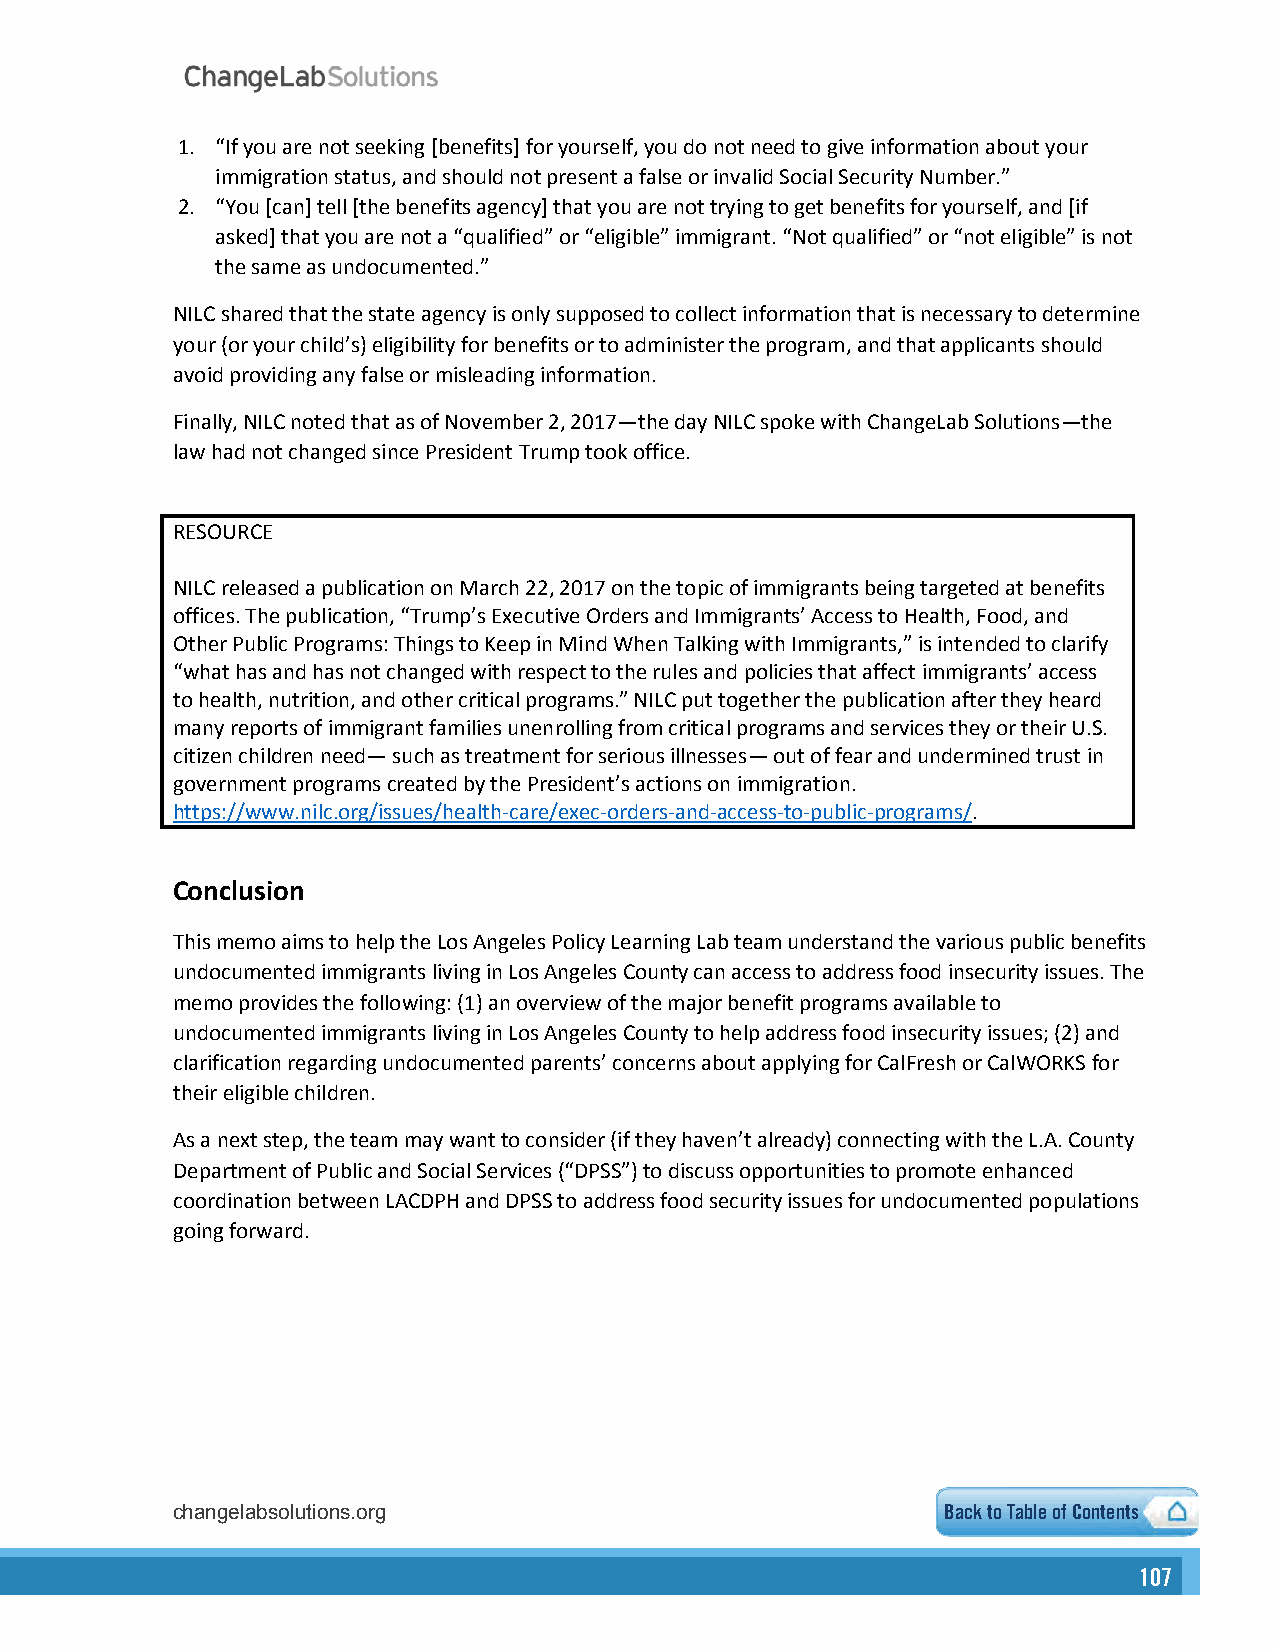
1. “If you are not seeking [benefits] for yourself, you do not need to give information about your
 immigration status, and should not present a false or invalid Social Security Number.”
 2. “You [can] tell [the benefits agency] that you are not trying to get benefits for yourself, and [if
 asked] that you are not a “qualified” or “eligible” immigrant. “Not qualified” or “not eligible” is not
 the same as undocumented.”
 NILC shared that the state agency is only supposed to collect information that is necessary to determine
 your (or your child’s) eligibility for benefits or to administer the program, and that applicants should
 avoid providing any false or misleading information.
 Finally, NILC noted that as of November 2, 2017—the day NILC spoke with ChangeLab Solutions—the
 law had not changed since President Trump took office.
 RESOURCE
 NILC released a publication on March 22, 2017 on the topic of immigrants being targeted at benefits
 offices. The publication, “Trump’s Executive Orders and Immigrants’ Access to Health, Food, and
 Other Public Programs: Things to Keep in Mind When Talking with Immigrants,” is intended to clarify
 “what has and has not changed with respect to the rules and policies that affect immigrants’ access
 to health, nutrition, and other critical programs.” NILC put together the publication after they heard
 many reports of immigrant families unenrolling from critical programs and services they or their U.S.
 citizen children need— such as treatment for serious illnesses— out of fear and undermined trust in
 government programs created by the President’s actions on immigration.
 https://www.nilc.org/issues/health-care/exec-orders-and-access-to-public-programs/.
 Conclusion
 This memo aims to help the Los Angeles Policy Learning Lab team understand the various public benefits
 undocumented immigrants living in Los Angeles County can access to address food insecurity issues. The
 memo provides the following: (1) an overview of the major benefit programs available to
 undocumented immigrants living in Los Angeles County to help address food insecurity issues; (2) and
 clarification regarding undocumented parents’ concerns about applying for CalFresh or CalWORKS for
 their eligible children.
 As a next step, the team may want to consider (if they haven’t already) connecting with the L.A. County
 Department of Public and Social Services (“DPSS”) to discuss opportunities to promote enhanced
 coordination between LACDPH and DPSS to address food security issues for undocumented populations
 going forward.
 changelabsolutions.org                              Back to Table of3 C ontents
 107